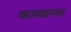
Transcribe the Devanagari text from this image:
काव्यागत